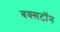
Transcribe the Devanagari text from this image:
बक्सटॉन